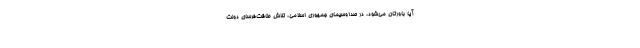
آیا باورتان می‌شود، در صداوسیمای جمهوری اسلامی، تلاش طاقت‌فرسای دولت